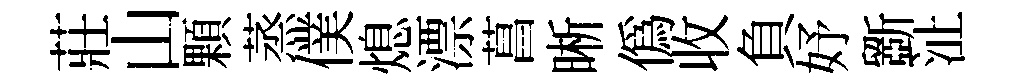
莊山顆蒸僕熄漂菖晰偽收負妤斵沚